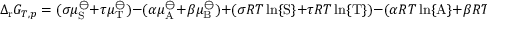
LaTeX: \Delta _ { \mathrm { r } } G _ { T , p } = ( \sigma \mu _ { \mathrm { S } } ^ { \ominus } + \tau \mu _ { \mathrm { T } } ^ { \ominus } ) - ( \alpha \mu _ { \mathrm { A } } ^ { \ominus } + \beta \mu _ { \mathrm { B } } ^ { \ominus } ) + ( \sigma R T \ln \{ \mathrm { S } \} + \tau R T \ln \{ \mathrm { T } \} ) - ( \alpha R T \ln \{ \mathrm { A } \} + \beta R T \ln \{ \mathrm { B } \} )